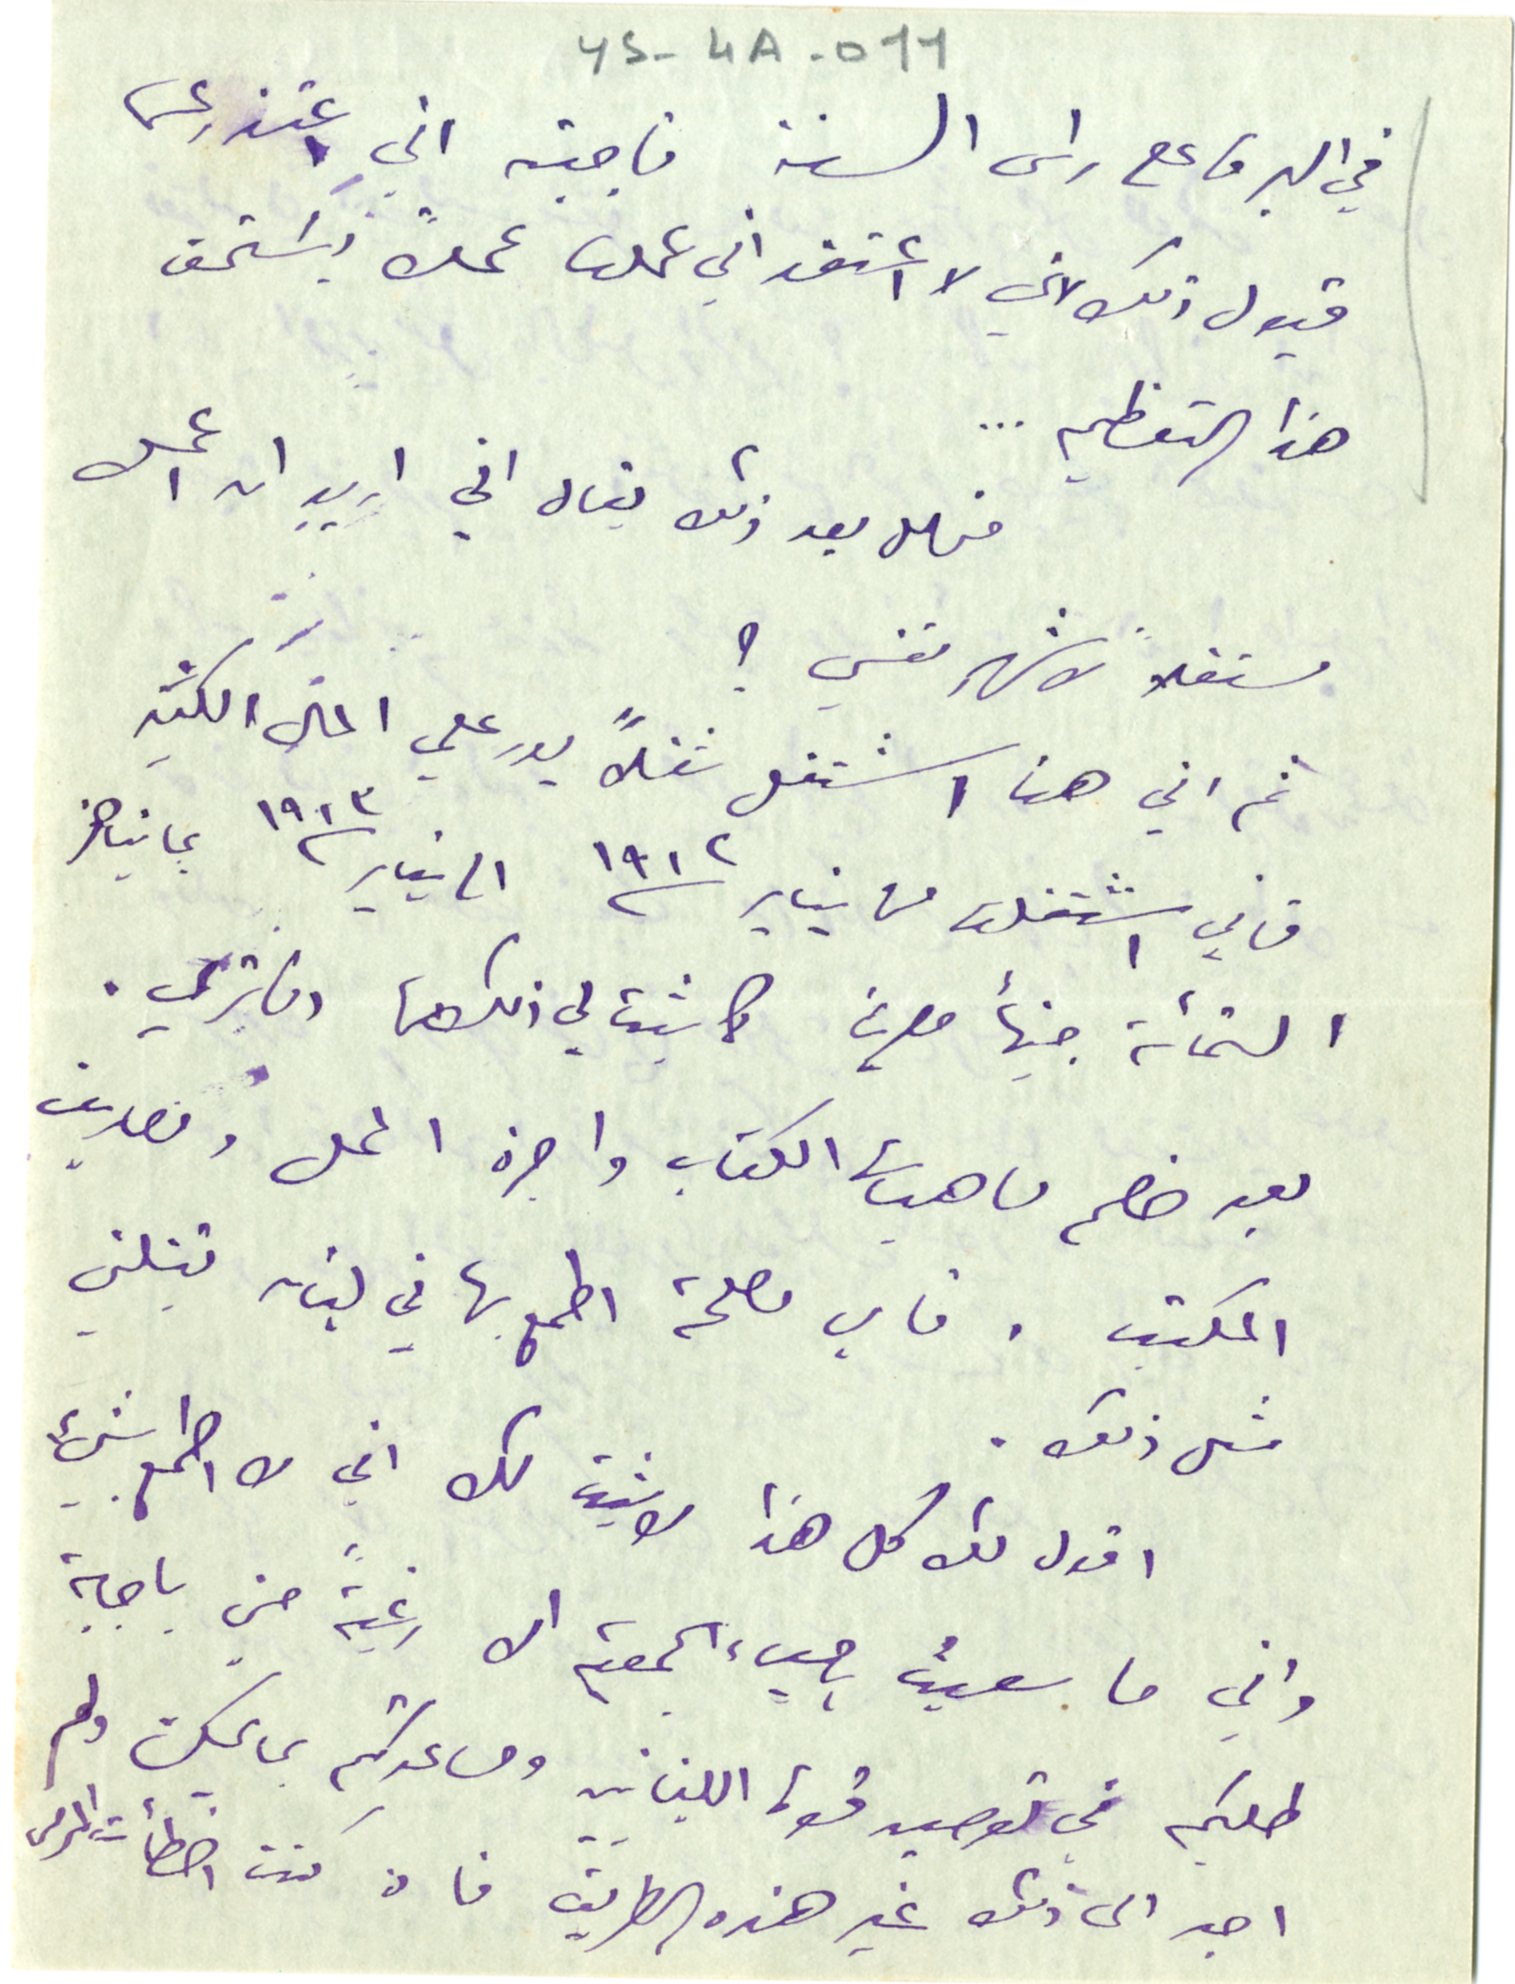
YS-4A-011
في البرق على راس السنة فاجبته اني اعتذر عن
قبول ذلك لاني لا اعتقد اني عملت عملاً يسَتحق
 هذا التعظيم ...
فهل بعد ذلك ليقال اني اربد ان اعمل
مستقلاً لاشهر نفسي ؟
ثم اني هنا اشتغل شغلاً يدر علي المال الكثير
فاني اشتغلت من يناير ١٩١٢ الى يناير ١٩١٣ بما يناهز
الستمائة جنيهاً مصرياً كما ثبت لي ذلك من دفاتري .
بعد خصم ماهيات الكتاب واجرة المحل ومصاريف
المكتب. فاي مصلحة اطمع بها في لبنان قتلنى
مثل ذلك .
اقول لك كل هذا لاثبت لك اني لا اطمع بشيء
واني ما سعيت باحياء الجمعية الا رغبةً مني باجابة
طلبكم في توصيد قوة اللبنانيين ومساعدتكم بما يمكن ولم
اجد الى ذلك غير هذه الطريق فان كنت اخطأت المرمى